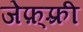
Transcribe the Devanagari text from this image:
जेफ़्फ़्री